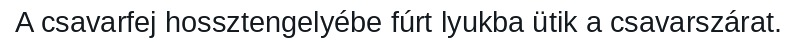
A csavarfej hossztengelyébe fúrt lyukba ütik a csavarszárat.